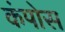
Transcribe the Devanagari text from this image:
कंपोस